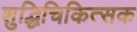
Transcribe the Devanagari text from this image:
शुद्धिचिकित्सक